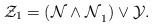
LaTeX: \begin{align*}\mathcal Z_1=\mathcal{(N\wedge N}_1)\vee\mathcal Y\ldotp\end{align*}